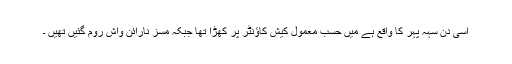
اسی دن سہہ پہر کا واقع ہے میں حسبِ معمول کیش کاؤنٹر پر کھڑا تھا جبکہ مسز نارائن واش روم گئیں تھیں ۔